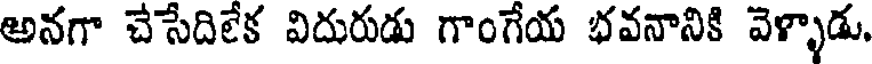
అనగా చేసేదిలేక విదురుడు గాంగేయ భవనానికి వెళ్ళాడు.